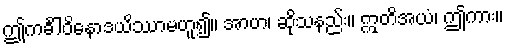
ဤကင်္ခါဝိနောဒယိဿာမဟူ၍။ အာဟ၊ ဆိုသနည်း။ ဣတိအယံ၊ ဤကား။